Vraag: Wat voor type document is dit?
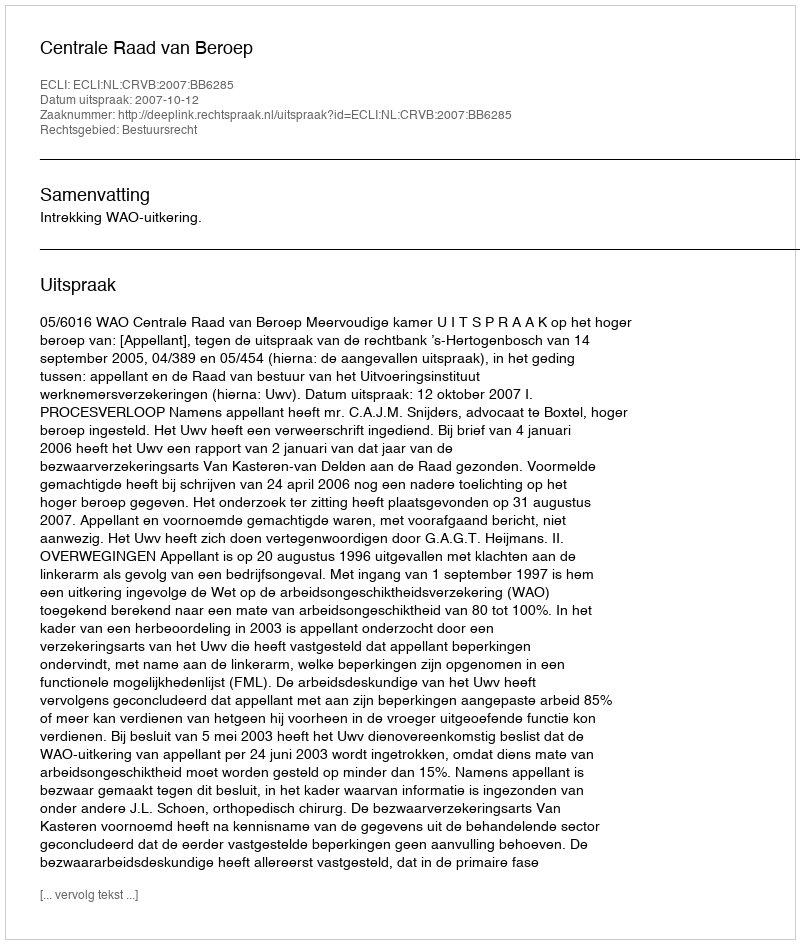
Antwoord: Uitspraak